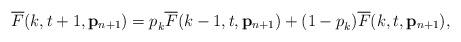
LaTeX: \begin{align*}\overline{F}(k,t+1,\mathbf{p}_{n+1}) = p_{k}^{} \overline{F}(k-1,t,\mathbf{p}_{n+1}) + (1 - p_{k}^{})\overline{F}(k,t,\mathbf{p}_{n+1}),\end{align*}